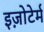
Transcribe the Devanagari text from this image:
इज़ोटेर्म